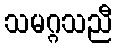
သမဂ္ဂသညီ